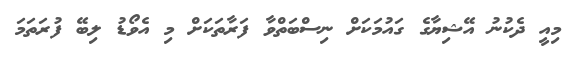
މިއީ ދެކުނު އޭޝިޔާގެ ގައުމަކަށް ނިސްބަތްވާ ފަރާތަކަށް މި އެވޯޑު ލިބޭ ފުރަތަމަ